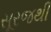
સૂરજથી